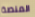
المنصة